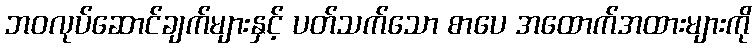
ဘဝလုပ်ဆောင်ချက်များနှင့် ပတ်သက်သော စာပေ အထောက်အထားများကို